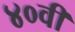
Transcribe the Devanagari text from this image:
४०वी